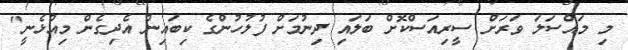
މި މައްސަލަ ވަރަށް ސީރިއަސްކޮށް ބަލައި ދިނުމަށް ފުލުހުންގެ ކިބައިން އެދިގެން މިއުޅެނީ"